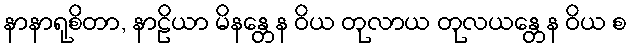
နာနာရုစိတာ, နာဠိယာ မိနန္တေန ဝိယ တုလာယ တုလယန္တေန ဝိယ စ